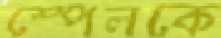
স্পেলকে